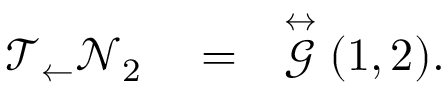
\begin{array} { r l r } { \mathcal { T } _ { \leftarrow } \mathcal { N } _ { 2 } } & { { } = } & { \stackrel { \leftrightarrow } { \mathcal { G } } ( 1 , 2 ) . } \end{array}